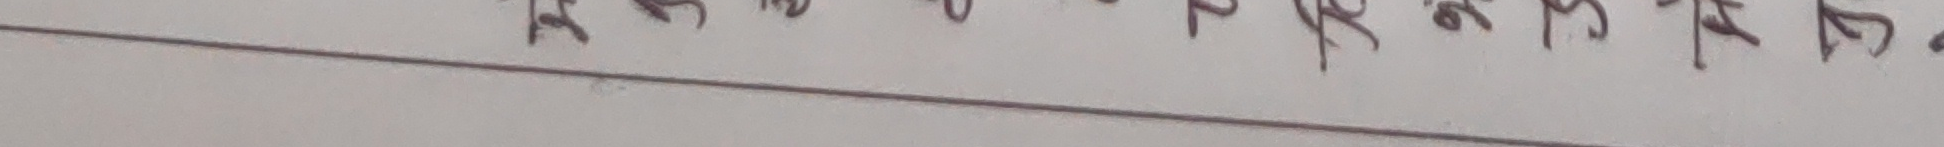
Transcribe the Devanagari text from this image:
१२३४५६७८९०